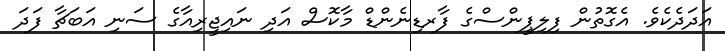
އަދަދެކެވެ. އެގޮތުން ފިލިޕީންސްގެ ފާރޑިނެންޑް މާކޮސް އަދި ނައިޖީރިއާގެ ސަނި އަބަޗާ ފަދަ